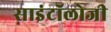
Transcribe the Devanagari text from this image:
साइंटॉलोजी